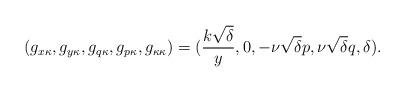
LaTeX: \begin{align*} (g_{ x\kappa}, g_{y \kappa}, g_{q \kappa}, g_{p \kappa}, g_{\kappa \kappa})=(\frac{k\sqrt{\delta}}{y},0,-\nu\sqrt{\delta}p,\nu\sqrt{\delta}q,\delta). \end{align*}